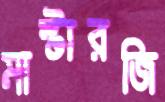
মাস্টারজি